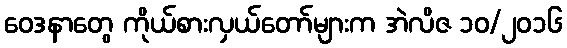
ဝေဒနာတွေ ကိုယ်စားလှယ်တော်များက အဲလိဇ ၁၀/၂၀၁၆